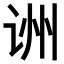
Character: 𬣱